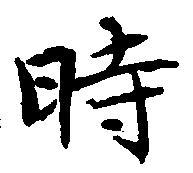
時